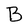
Character: B